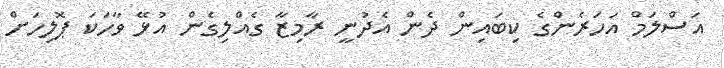
އަސްލަމް އަހަރެންގެ ކިބައިން ދެން އެދުނީ ރާމިޒާ ގެއްލިގެން އުޅޭ ވާހަކަ ޕޮލިހަށް